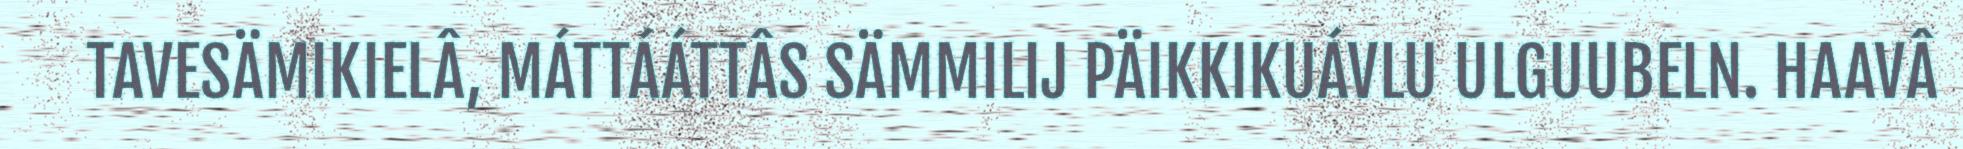
TAVESÄMIKIELÂ, MÁTTÁÁTTÂS SÄMMILIJ PÄIKKIKUÁVLU ULGUUBELN. HAAVÂ